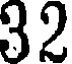
32